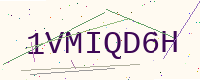
Text: 1VMIQD6H